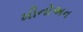
મીનોઅન